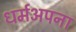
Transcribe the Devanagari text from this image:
धर्मअपना